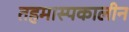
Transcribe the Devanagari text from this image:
तहमास्पकालीन